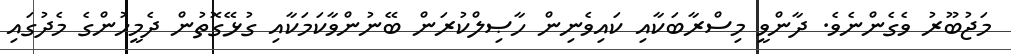
މަޖުބޫރު ވެގެންނެވެ. ދާންވީ މިސްރާބަކާއި ކައިވެނިން ހާޞިލްކުރަން ބޭނުންވާކަމަކާއި ގުޅޭގޮތުން ދެމީހުންގެ މެދުގައި